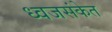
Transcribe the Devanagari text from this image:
ध्वजसंकेत